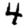
Digit: 4